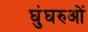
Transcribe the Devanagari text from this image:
घुंघरुओं